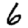
Digit: 6